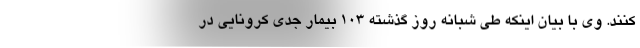
کنند. وی با بیان اینکه طی شبانه روز گذشته ۱۰۳ بیمار جدی کرونایی در